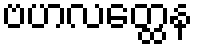
ဗဟလတ္ထေန